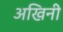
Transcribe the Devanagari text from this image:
अखिनी